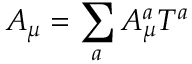
\ A _ { \mu } = \sum _ { a } A _ { \mu } ^ { a } T ^ { a }